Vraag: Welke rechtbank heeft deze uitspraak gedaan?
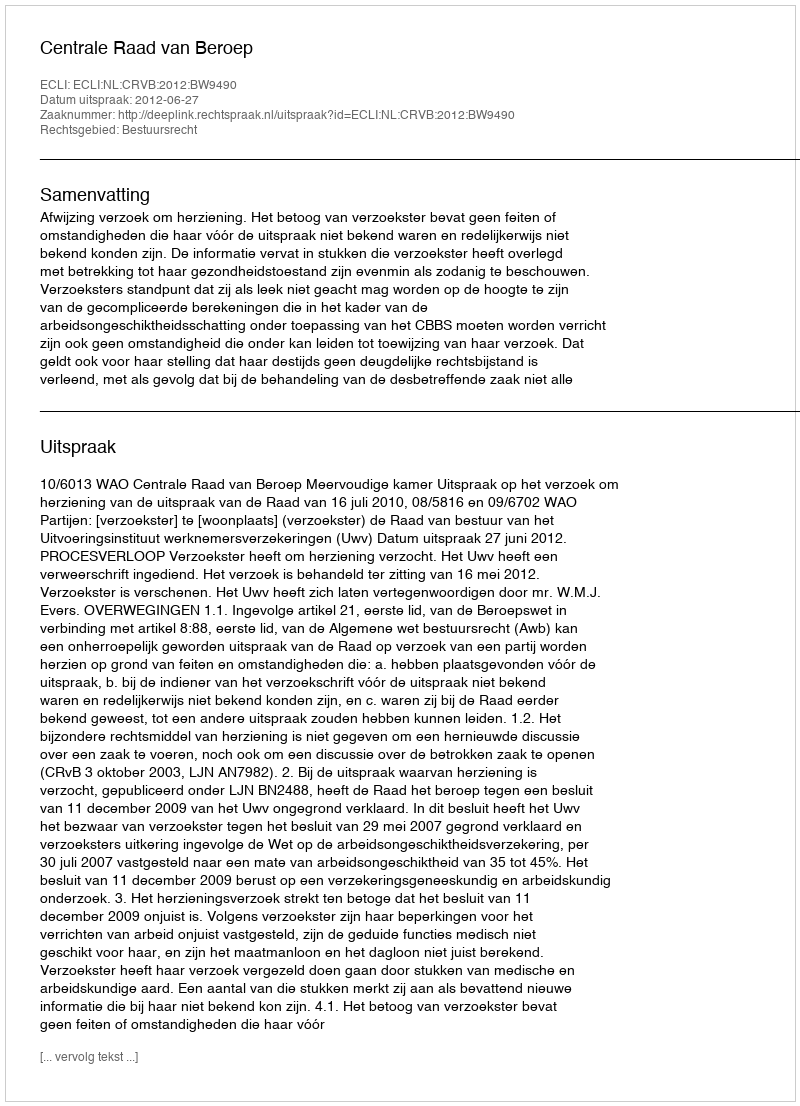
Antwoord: Centrale Raad van Beroep